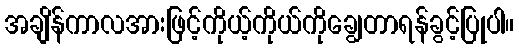
အချိန်ကာလအားဖြင့်ကိုယ့်ကိုယ်ကိုချွေတာရန်ခွင့်ပြုပါ။